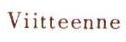
Viitteenne